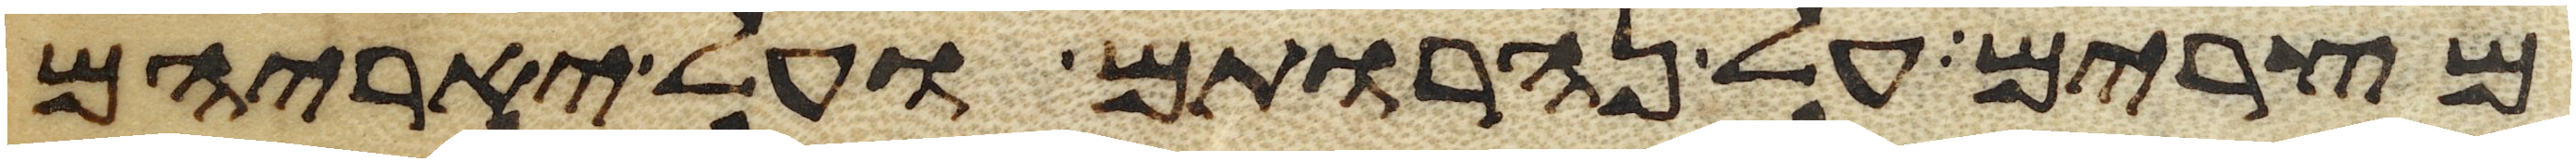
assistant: מצרים על נהרותם ועל יאריהם